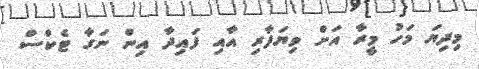
މިދިޔަ މަހު މީރާ އަށް ވިޔަފާރި އާއި ފައިދާ އިން ނަގާ ޓެކްސް